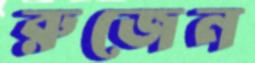
রুজেন